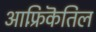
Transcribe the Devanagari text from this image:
आफ़्रिकॆतिल